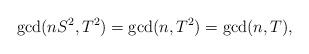
LaTeX: \begin{align*}\gcd(nS^{2},T^{2})=\gcd(n,T^{2})=\gcd(n,T),\end{align*}